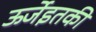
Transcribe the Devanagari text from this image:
ऊर्जेइतकी